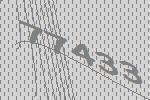
77433